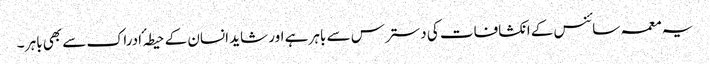
یہ معمہ سائنس کے انکشافات کی دسترس سے باہر ہے اور شاید انسان کے حیطہ ٴ ادراک سے بھی باہر ۔